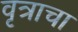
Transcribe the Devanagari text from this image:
वृत्राचा